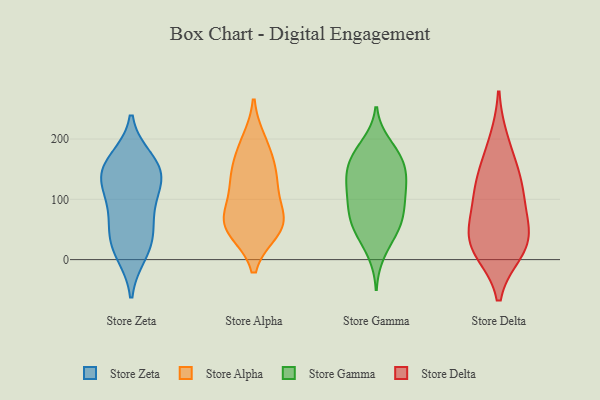
{"axis": {"x": "Conversion Rate (%)", "y": "Value"}, "legend": ["Store Alpha", "Store Delta", "Store Gamma", "Store Zeta"], "data": [{"x": "", "y": 131, "type": "Store Zeta"}, {"x": "", "y": 165, "type": "Store Zeta"}, {"x": "", "y": 84, "type": "Store Zeta"}, {"x": "", "y": 145, "type": "Store Zeta"}, {"x": "", "y": 61, "type": "Store Zeta"}, {"x": "", "y": 24, "type": "Store Zeta"}, {"x": "", "y": 35, "type": "Store Zeta"}, {"x": "", "y": 145, "type": "Store Zeta"}, {"x": "", "y": 111, "type": "Store Zeta"}, {"x": "", "y": 154, "type": "Store Zeta"}, {"x": "", "y": 11, "type": "Store Zeta"}, {"x": "", "y": 64, "type": "Store Alpha"}, {"x": "", "y": 58, "type": "Store Alpha"}, {"x": "", "y": 66, "type": "Store Alpha"}, {"x": "", "y": 50, "type": "Store Alpha"}, {"x": "", "y": 138, "type": "Store Alpha"}, {"x": "", "y": 177, "type": "Store Alpha"}, {"x": "", "y": 124, "type": "Store Alpha"}, {"x": "", "y": 130, "type": "Store Alpha"}, {"x": "", "y": 59, "type": "Store Alpha"}, {"x": "", "y": 194, "type": "Store Alpha"}, {"x": "", "y": 115, "type": "Store Gamma"}, {"x": "", "y": 122, "type": "Store Gamma"}, {"x": "", "y": 92, "type": "Store Gamma"}, {"x": "", "y": 55, "type": "Store Gamma"}, {"x": "", "y": 163, "type": "Store Gamma"}, {"x": "", "y": 140, "type": "Store Gamma"}, {"x": "", "y": 130, "type": "Store Gamma"}, {"x": "", "y": 76, "type": "Store Gamma"}, {"x": "", "y": 167, "type": "Store Gamma"}, {"x": "", "y": 184, "type": "Store Gamma"}, {"x": "", "y": 105, "type": "Store Gamma"}, {"x": "", "y": 163, "type": "Store Gamma"}, {"x": "", "y": 191, "type": "Store Gamma"}, {"x": "", "y": 65, "type": "Store Gamma"}, {"x": "", "y": 44, "type": "Store Gamma"}, {"x": "", "y": 144, "type": "Store Gamma"}, {"x": "", "y": 45, "type": "Store Gamma"}, {"x": "", "y": 81, "type": "Store Gamma"}, {"x": "", "y": 11, "type": "Store Gamma"}, {"x": "", "y": 142, "type": "Store Delta"}, {"x": "", "y": 17, "type": "Store Delta"}, {"x": "", "y": 56, "type": "Store Delta"}, {"x": "", "y": 103, "type": "Store Delta"}, {"x": "", "y": 33, "type": "Store Delta"}, {"x": "", "y": 34, "type": "Store Delta"}, {"x": "", "y": 95, "type": "Store Delta"}, {"x": "", "y": 15, "type": "Store Delta"}, {"x": "", "y": 196, "type": "Store Delta"}, {"x": "", "y": 138, "type": "Store Delta"}]}